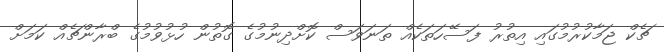
ޗެކް ޖަމާކުރުމުގައި އިތުރު ފަސޭހަތަކެއް ތަނަވަސް ކޮށްދިނުމުގެ ގޮތުން ހުޅުވުމުގެ ބްރާންޗެއް ކަމަށް